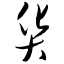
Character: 货